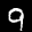
Label: 9